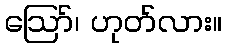
ဪ၊ ဟုတ်လား။